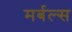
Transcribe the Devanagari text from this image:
मर्बल्स